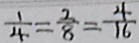
\frac { 1 } { 4 } = \frac { 2 } { 8 } = \frac { 4 } { 1 6 }